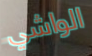
الواشي